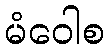
မံဝေါစ